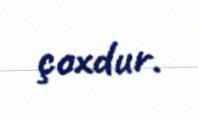
çoxdur.